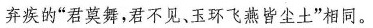
弃疾的”君莫舞，君不见、玉环飞燕皆尘土”相同。